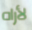
لأراه